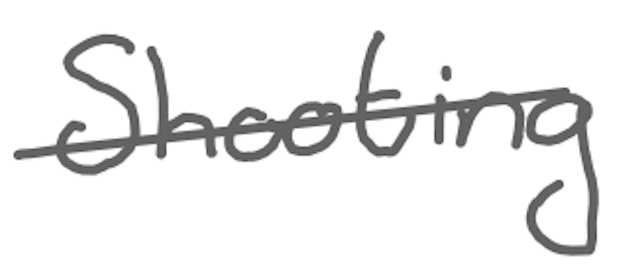
Text: Shooting
Cross-out: single-line
Writing tool: digital_gray